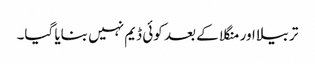
تربیلا اور منگلا کے بعد کوئی ڈیم نہیں بنایا گیا۔